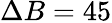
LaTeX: \Delta B=45